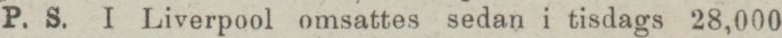
P. S. I Liverpool omsattes sedan i tisdags 28,000